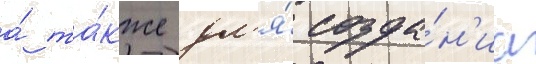
а́ та́кже дл'я́ созда́н'иа